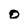
Character: o